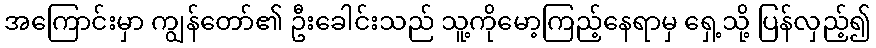
အကြောင်းမှာ ကျွန်တော်၏ ဦးခေါင်းသည် သူ့ကိုမော့ကြည့်နေရာမှ ရှေ့သို့ ပြန်လှည့်၍